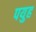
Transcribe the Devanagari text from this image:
पयुह